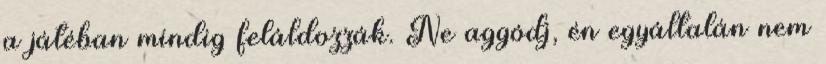
a játéban mindig feláldozzák. Ne aggódj, én egyáltalán nem